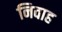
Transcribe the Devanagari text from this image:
निवाह